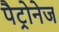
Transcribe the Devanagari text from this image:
पैट्रोनेज